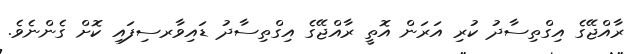
ރާއްޖޭގެ އިގްތިސާދު ކުރި އަރަން އޮތީ ރާއްޖޭގެ އިގްތިސާދު ޑައިވާރސިފައި ކޮށް ގެންނެވެ.